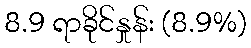
8.9 ရာခိုင်နှုန်း (8.9%)